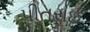
પીતરાઈ